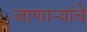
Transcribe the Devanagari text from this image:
जाणाऱ्यांचे